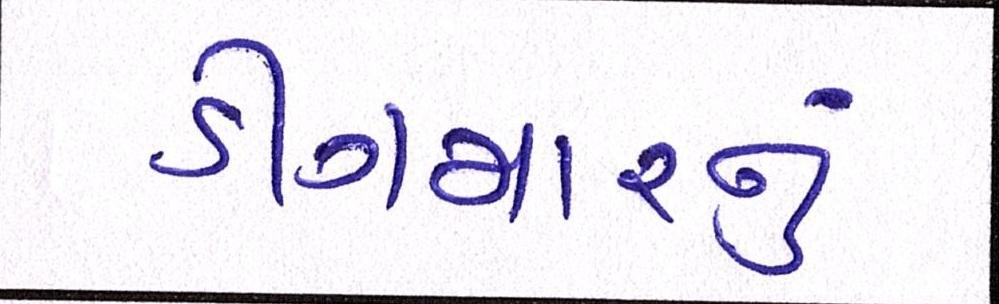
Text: ડીંગમારનું